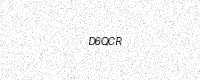
Text: D6QCR